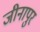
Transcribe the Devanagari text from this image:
जीनापुर